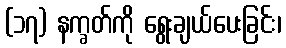
(၁၇) နက္ခတ်ကို ရွေးချယ်ပေးခြင်း၊